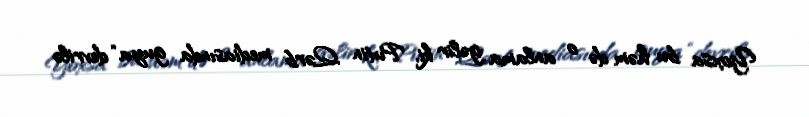
Yoxsa bu həm də o anlama gəlir ki, Putin Qərb mediasında guya “devrilə